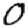
Digit: 0